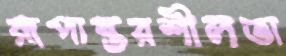
রূপান্তরশীলতা